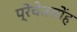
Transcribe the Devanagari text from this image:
प्रेचेतसोंह